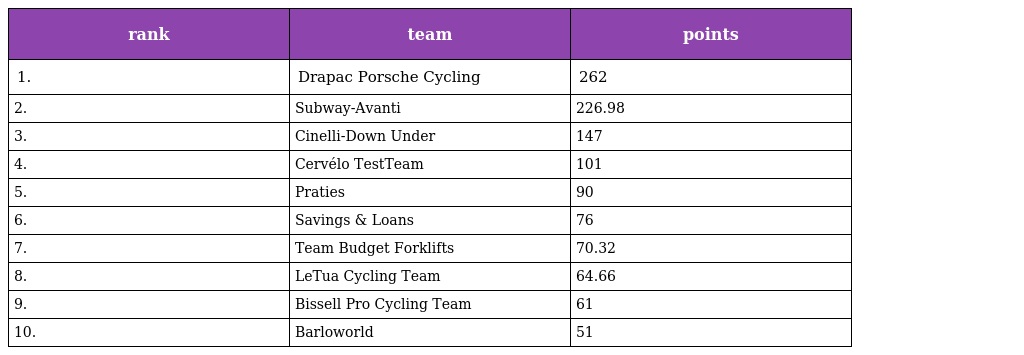
| rank | team | points |
 | --- | --- | --- |
 | 1. | Drapac Porsche Cycling | 262 |
 | 2. | Subway-Avanti | 226.98 |
 | 3. | Cinelli-Down Under | 147 |
 | 4. | Cervélo TestTeam | 101 |
 | 5. | Praties | 90 |
 | 6. | Savings & Loans | 76 |
 | 7. | Team Budget Forklifts | 70.32 |
 | 8. | LeTua Cycling Team | 64.66 |
 | 9. | Bissell Pro Cycling Team | 61 |
 | 10. | Barloworld | 51 |